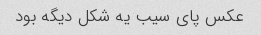
عکس پای سیب یه شکل دیگه بود